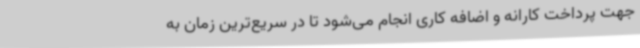
جهت پرداخت کارانه و اضافه کاری انجام می‌شود تا در سریع‌ترین زمان به